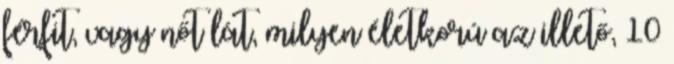
férfit, vagy nőt lát, milyen életkorú az illető, 10